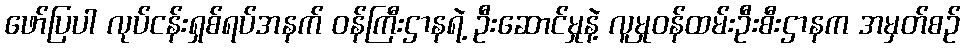
ဖော်ပြပါ လုပ်ငန်းရှစ်ရပ်အနက် ဝန်ကြီးဌာနရဲ့ ဦးဆောင်မှုနဲ့ လူမှုဝန်ထမ်းဦးစီးဌာနက အမှတ်စဉ်